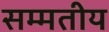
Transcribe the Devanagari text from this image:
सम्मतीय